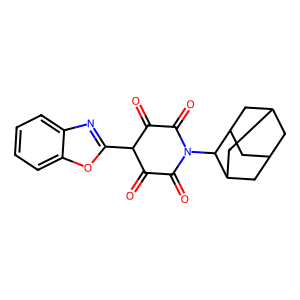
SMILES: O=C1C(=O)N(C2C3CC4CC(C3)CC2C4)C(=O)C(=O)C1c1nc2ccccc2o1
Inhibits HIV replication: No